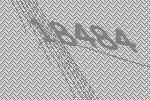
18484